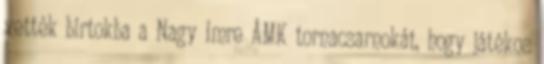
vették birtokba a Nagy Imre ÁMK tornacsarnokát, hogy játékos